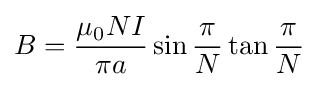
B={\mu _{0}NI \over \pi a}\sin {\pi  \over N}\tan {\pi  \over N}